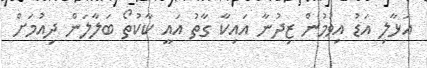
އަޅާލި އަޑު އިވުމުން ޒިދުނާ އައިކާ ގާތު އައީ ކާކުތޯ ބަލާލަން ދިއުމަށް